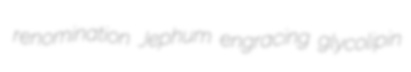
renomination Jephum engracing glycolipin